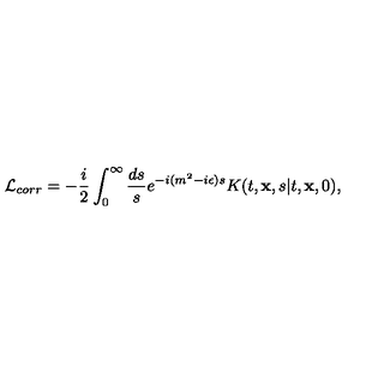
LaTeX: { \cal L } _ { c o r r } = - { \frac { i } { 2 } } \int _ { 0 } ^ { \infty } { \frac { d s } { s } } e ^ { - i ( m ^ { 2 } - i \epsilon ) s } K ( t , { \bf x } , s \vert t , { \bf x } , 0 ) ,